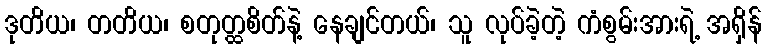
ဒုတိယ၊ တတိယ၊ စတုတ္ထစိတ်နဲ့ နေချင်တယ်၊ သူ လုပ်ခဲ့တဲ့ ကံစွမ်းအားရဲ့ အရှိန်